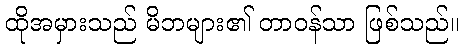
ထိုအမှားသည် မိဘများ၏ တာဝန်သာ ဖြစ်သည်။